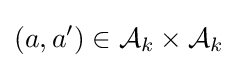
(a,a')\in {\mathcal {A}}_{k}\times {\mathcal {A}}_{k}